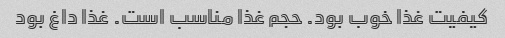
کیفیت غذا خوب بود. حجم غذا مناسب است. غذا داغ بود